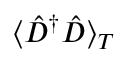
\langle \hat { D } ^ { \dagger } \hat { D } \rangle _ { T }